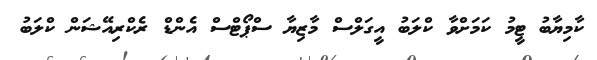
ކާމިޔާބު ޓީމު ކަމަށްވާ ކްލަބު އީގަލްސް މާޒިޔާ ސްޕޯޓްސް އެންޑް ރެކްރިއޭޝަން ކްލަބު